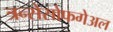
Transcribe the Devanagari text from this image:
त्रन्सेसोफगेअल